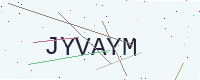
Text: JYVAYM